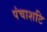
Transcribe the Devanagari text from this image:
पंचाशटि